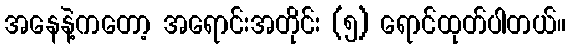
အနေနဲ့ကတော့ အရောင်းအတိုင်း (၅) ရောင်ထုတ်ပါတယ်။